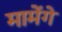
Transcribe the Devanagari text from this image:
मामेंगे